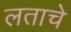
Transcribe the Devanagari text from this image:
लताचे